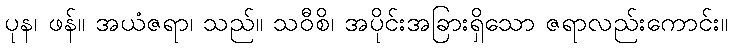
ပုန၊ ဖန်။ အယံဇရာ၊ သည်။ သဝီစိ၊ အပိုင်းအခြားရှိသော ဇရာလည်းကောင်း။